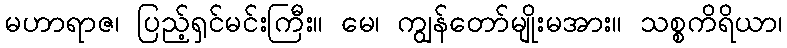
မဟာရာဇ၊ ပြည့်ရှင်မင်းကြီး။ မေ၊ ကျွန်တော်မျိုးမအား။ သစ္စကိရိယာ၊